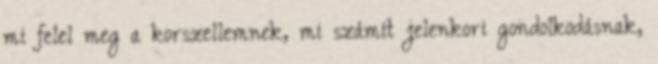
mi felel meg a korszellemnek, mi számít jelenkori gondolkodásnak,